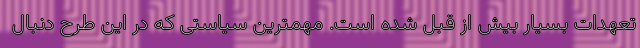
تعهدات بسیار بیش از قبل شده است. مهمترین سیاستی که در این طرح دنبال